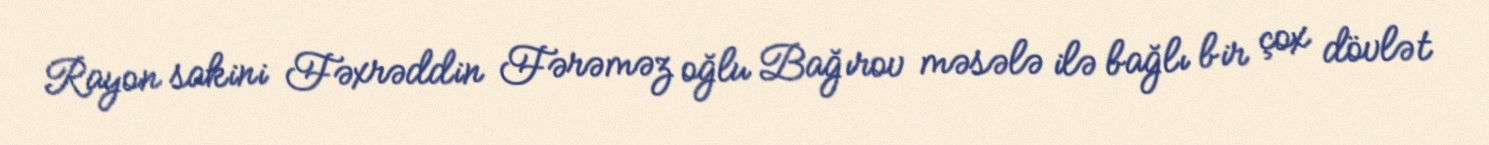
Rayon sakini Fəxrəddin Fərəməz oğlu Bağırov məsələ ilə bağlı bir çox dövlət